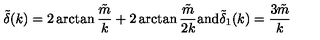
\tilde { \delta } ( k ) = 2 \arctan \frac { \tilde { m } } { k } + 2 \arctan \frac { \tilde { m } } { 2 k } \mathrm { a n d } \tilde { \delta } _ { 1 } ( k ) = \frac { 3 \tilde { m } } { k }